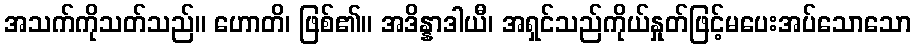
အသက်ကိုသတ်သည်။ ဟောတိ၊ ဖြစ်၏။ အဒိန္နာဒါယီ၊ အရှင်သည်ကိုယ်နှုတ်ဖြင့်မပေးအပ်သောသော